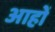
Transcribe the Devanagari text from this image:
आहों